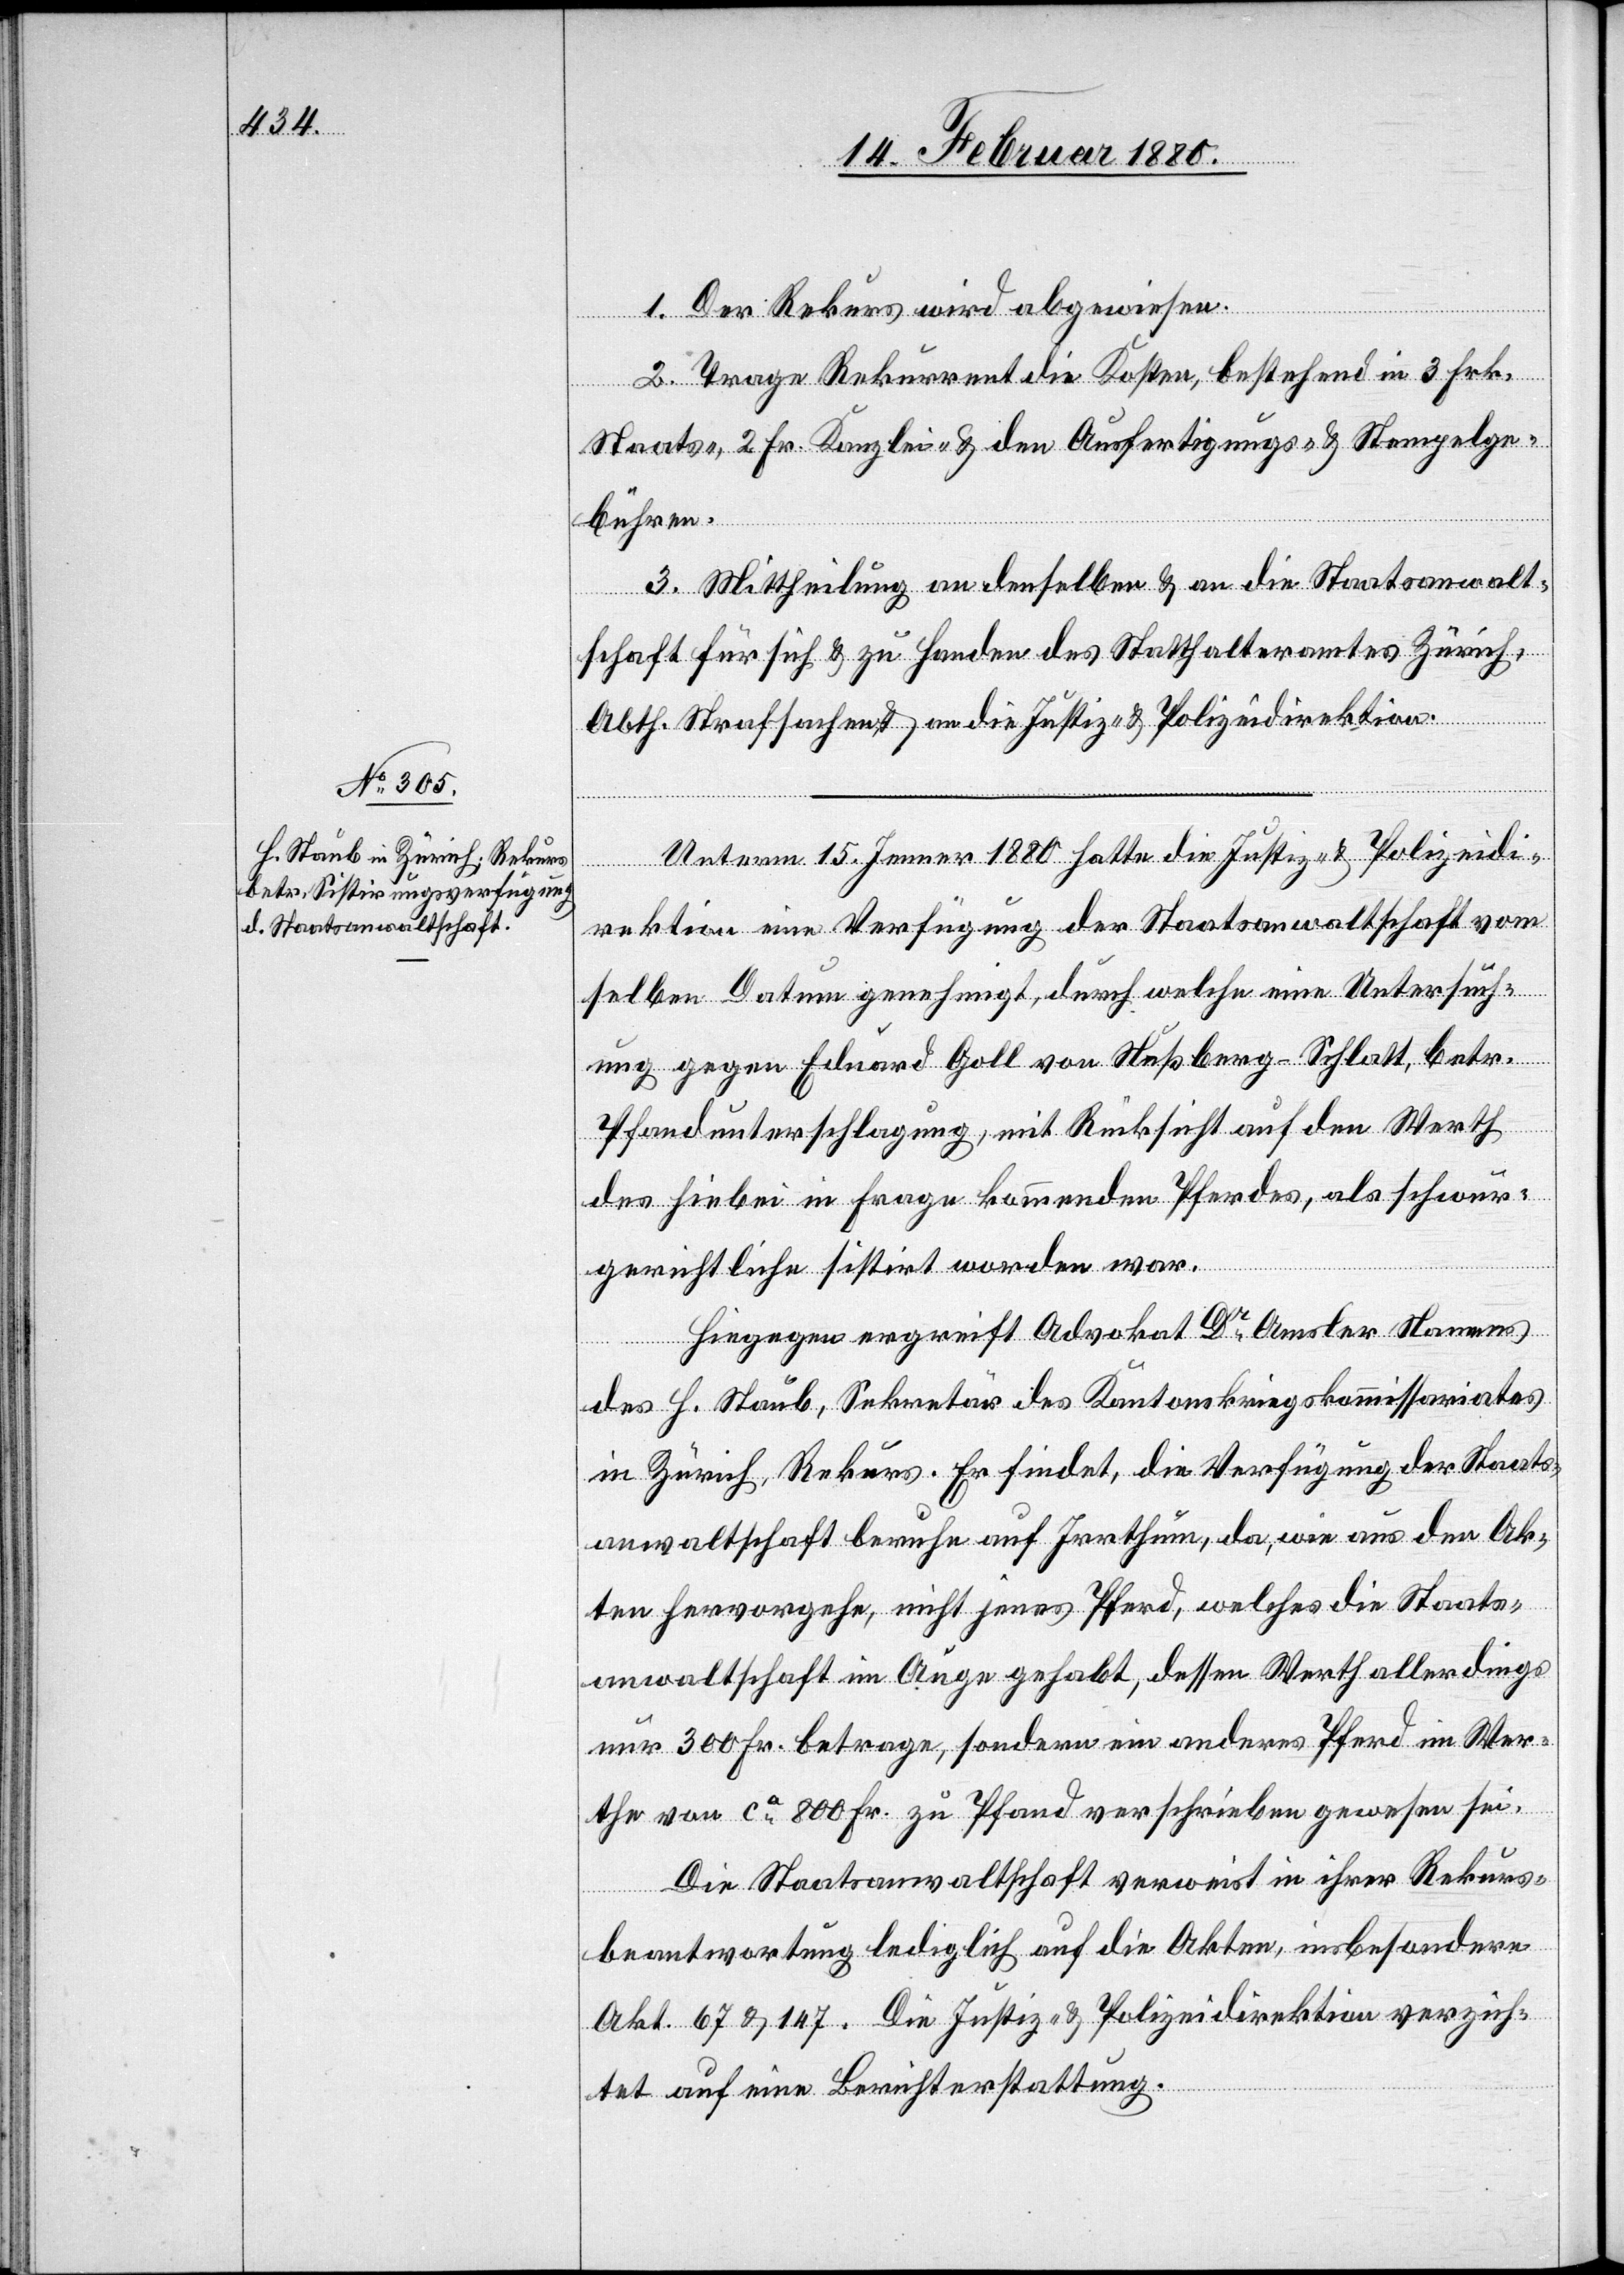
1. Der Rekurs wird abgewiesen.
2. Trage Rekurrent die Kosten, bestehend in 3 Frk.
Staats-, 2 Fr. Kanzlei- & den Ausfertigungs- & Stempelge¬
bühren.
3. Mittheilung an denselben & an die Staatsanwalt¬
schaft für sich & zu Handen des Statthalteramtes Zürich,
Abth. Strafsachen & an die Justiz- & Polizeidirektion.
Unterm 15. Jenner 1880 hatte die Justiz- & Polizeidi¬
rektion eine Verfügung der Staatsanwaltschaft vom
selben Datum genehmigt, durch welche eine Untersuch¬
ung gegen Eduard Goll von Nußberg - Schlatt, betr.
Pfandunterschlagung, mit Rücksicht auf den Werth
des hiebei in Frage kommenden Pferdes, als schwur¬
gerichtliche sistirt worden war.
Hiegegen ergreift Advokat Dr Amsler Namens
des H. Staub, Sekretär des Kantonskriegskommissariates
in Zürich, Rekurs. Er findet, die Verfügung der Staats¬
anwaltschaft beruhe auf Irrthum, da, wie aus den Ak¬
ten hervorgehe, nicht jenes Pferd, welches die Staats¬
anwaltschaft im Auge gehabt, dessen Werth allerdings
nur 300 Fr. betrage, sondern ein anderes Pferd im Wer¬
the von ca 800 Fr. zu Pfand verschrieben gewesen sei.
Die Staatsanwaltschaft verweist in ihrer Rekurs¬
beantwortung lediglich auf die Akten, insbesondere
Akt. 67 & 147. Die Justiz- & Polizeidirektion verzich¬
tet auf eine Berichterstattung.